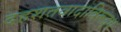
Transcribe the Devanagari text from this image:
दहशतवादाविरूद्ध